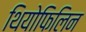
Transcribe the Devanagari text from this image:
थियोफिलिन